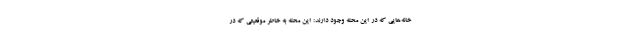
خانه‌هایی که در این محله وجود دارند: این محله به خاطر موقعیتی که در